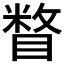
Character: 𰥼